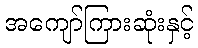
အကျော်ကြားဆုံးနှင့်